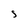
Character: S